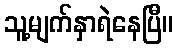
သူ့မျက်နှာရဲနေပြီ။